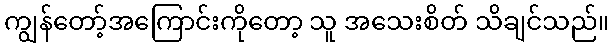
ကျွန်တော့်အကြောင်းကိုတော့ သူ အသေးစိတ် သိချင်သည်။